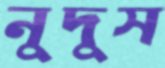
নুদুস